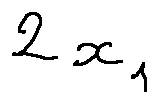
2 x _ { 1 }